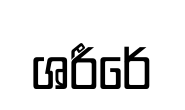
ශරීරේ